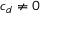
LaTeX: c _ { d } \neq 0